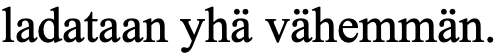
ladataan yhä vähemmän.